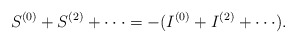
\begin{align*}S^{(0)}+S^{(2)}+ \cdot \cdot \cdot =-(I^{(0)}+ I^{(2)} + \cdot \cdot \cdot).\end{align*}